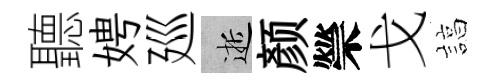
聽娉廵逝颜禜戈諄